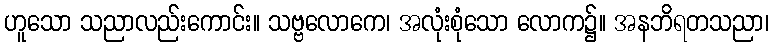
ဟူသော သညာလည်းကောင်း။ သဗ္ဗလောကေ၊ အလုံးစုံသော လောက၌။ အနဘိရတသညာ၊